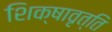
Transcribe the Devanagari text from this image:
शिक्षावृत्ति